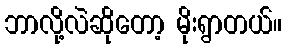
ဘာလို့လဲဆိုတော့ မိုးရွာတယ်။